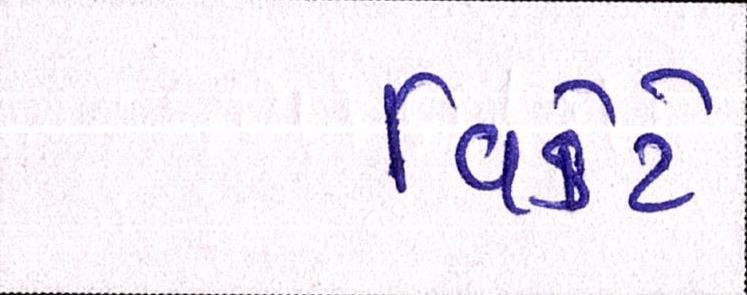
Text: વિકેટે